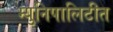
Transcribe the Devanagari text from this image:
म्युनिपालिटीत